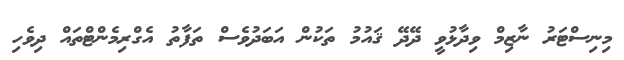
މިނިސްޓަރު ނާޒިމް ވިދާޅުވީ ދޭދޭ ޤައުމު ތަކުން އަބަދުވެސް ތަފާތު އެގްރިމެންޓްތައް ދިވެހި